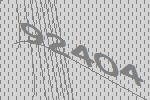
92404